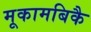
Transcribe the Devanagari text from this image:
मूकामबिकै